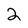
Character: 2